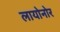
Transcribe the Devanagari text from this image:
लायोनोर